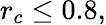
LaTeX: r_{c}\le 0.8,